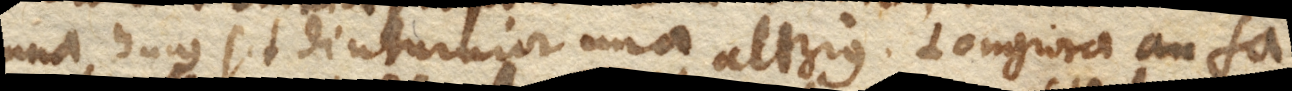
una hujus sit diuturnior una alterius. Longiora an fa–